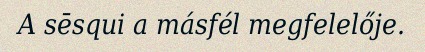
A sēsqui a másfél megfelelője.